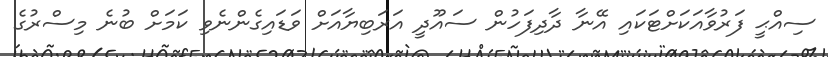
ސިއްޙީ ފަރުވާއަކަށްޓަކައި އޭނާ ދާދިފަހުން ސައޫދީ އަރަބިޔާއަށް ވަޑައިގެންނެވި ކަމަށް ބުނެ މިސްރުގެ